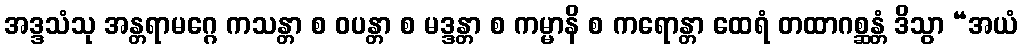
အဒ္ဒသံသု အန္တရာမဂ္ဂေ ကသန္တာ စ ဝပန္တာ စ မဒ္ဒန္တာ စ ကမ္မာနိ စ ကရောန္တာ ထေရံ တထာဂစ္ဆန္တံ ဒိသွာ “အယံ